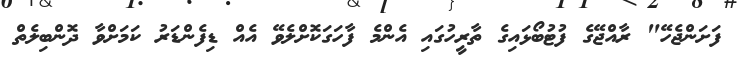
ފަށަންޖެހޭ" ރާއްޖޭގެ ފުޓުބޯޅައިގެ ތާރީހުގައި އެންމެ ފާހަގަކޮށްލެވޭ އެއް ޑިފެންޑަރު ކަމަށްވާ ދޮންބިލެތް